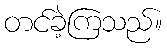
တင်ခဲ့ကြသည်။